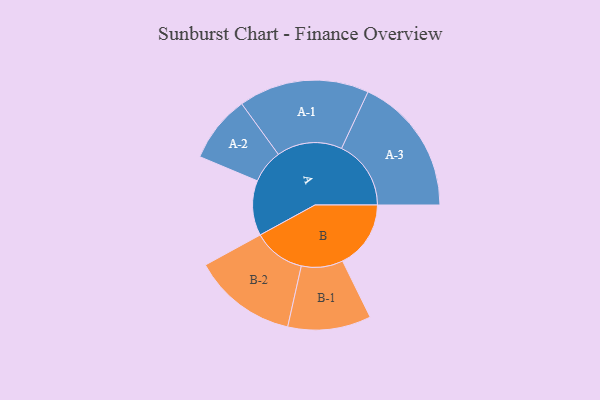
{"axis": {"x": "Segment", "y": "Value"}, "legend": ["", "A", "B"], "data": [{"x": "A", "y": 225, "type": ""}, {"x": "B", "y": 279, "type": ""}, {"x": "A-1", "y": 267, "type": "A"}, {"x": "A-2", "y": 137, "type": "A"}, {"x": "A-3", "y": 284, "type": "A"}, {"x": "B-1", "y": 170, "type": "B"}, {"x": "B-2", "y": 213, "type": "B"}]}